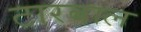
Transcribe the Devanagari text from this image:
टारबाल